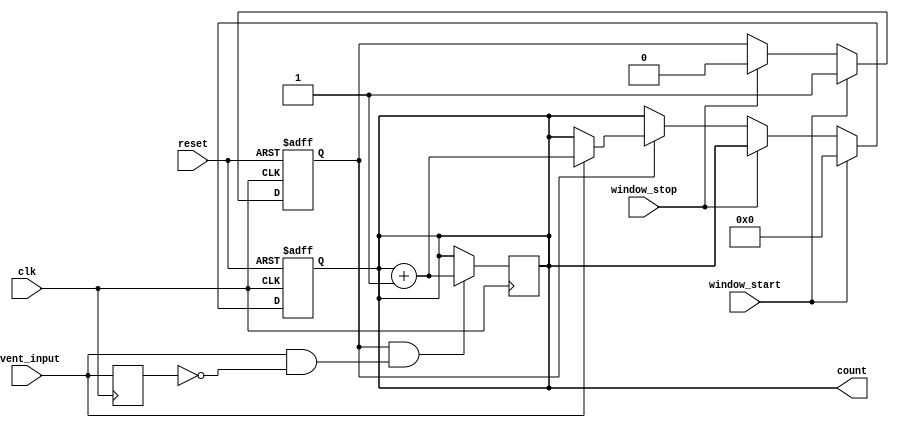
module windowed_counter #(
    parameter COUNTER_WIDTH = 8 // Adjustable counter width (8-bit by default)
)(
    input wire clk,               // Clock signal
    input wire reset,             // Asynchronous reset signal
    input wire event_input,       // Input event signal (pulse/rising edge)
    input wire window_start,       // Window start signal
    input wire window_stop,        // Window stop signal
    output reg [COUNTER_WIDTH-1:0] count // Current count output
);

    reg counting; // State to indicate if we are counting
    reg [COUNTER_WIDTH-1:0] count_next; // Next count value

    // Synchronous process for counting and state management
    always @(posedge clk or posedge reset) begin
        if (reset) begin
            count <= 0; // Reset count to 0
            counting <= 0; // Reset counting state
        end else begin
            if (window_start) begin
                counting <= 1; // Start counting
                count <= 0; // Reset count at the start of the window
            end else if (window_stop) begin
                counting <= 0; // Stop counting and hold the count
            end else if (counting) begin
                if (event_input) begin
                    count <= count + 1; // Increment count on event input
                end
            end
        end
    end

    // Edge detection for event input (if needed)
    reg event_input_d; // Delayed version of event_input for edge detection
    always @(posedge clk) begin
        event_input_d <= event_input; // Store the previous state of event_input
    end

    // Increment count on rising edge of event_input during counting
    always @(posedge clk) begin
        if (counting && (event_input && !event_input_d)) begin
            count <= count + 1; // Increment count on rising edge
        end
    end

endmodule